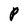
Character: P